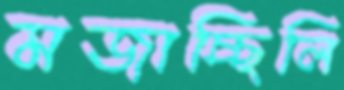
মজাচ্ছিলি